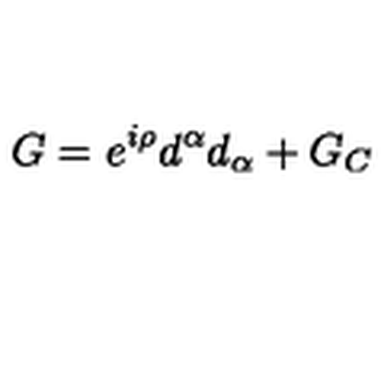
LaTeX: G = e ^ { i \rho } d ^ { \alpha } d _ { \alpha } + G _ { C }